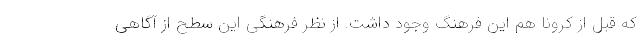
که قبل از کرونا هم این فرهنگ وجود داشت. از نظر فرهنگی این سطح از آگاهی